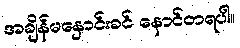
အချိန်မနှောင်းခင် နောင်တရပါ။